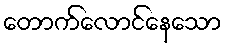
တောက်လောင်နေသော